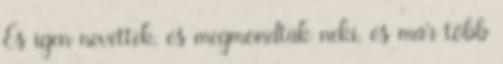
És igen nevettek, és megmondták neki, és már több